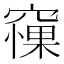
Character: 𥧵